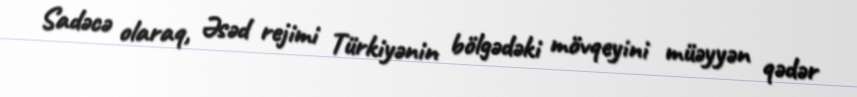
Sadəcə olaraq, Əsəd rejimi Türkiyənin bölgədəki mövqeyini müəyyən qədər